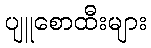
ပျူစောထီးများ